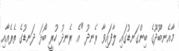
މާއެނބޫދޫގެ ބިންގަނޑުގައި ލާފައިވާ ރެނދު "އެ ރެނދު ހުރީ ބޯޅަ ދަނޑުގެ ތެރެއާއި